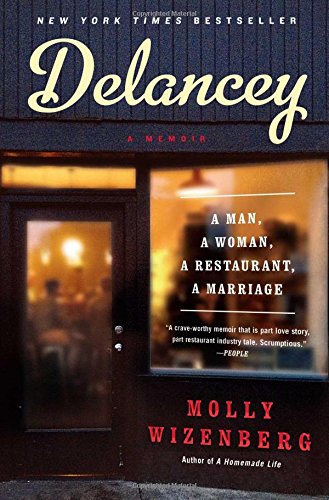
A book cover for Delancey: A Man, a Woman, a Restaurant, a Marriage; Molly Wizenberg; Cookbooks, Food & Wine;